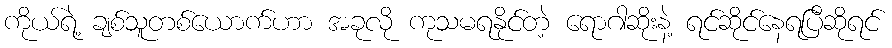
ကိုယ်ရဲ့ ချစ်သူတစ်ယောက်ဟာ အခုလို ကုသမရနိုင်တဲ့ ရောဂါဆိုးနဲ့ ရင်ဆိုင်နေရပြီဆိုရင်